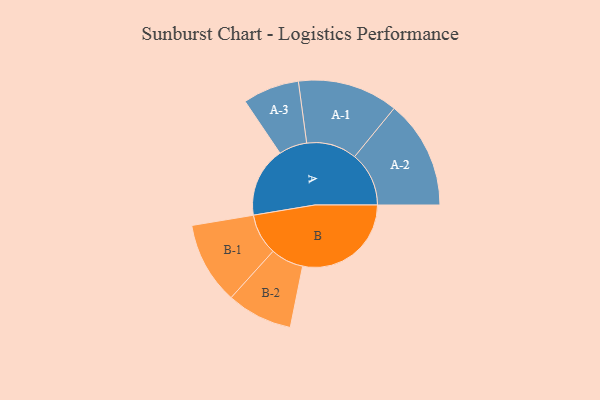
{"axis": {"x": "Segment", "y": "Value"}, "legend": ["", "A", "B"], "data": [{"x": "A", "y": 298, "type": ""}, {"x": "B", "y": 462, "type": ""}, {"x": "A-1", "y": 214, "type": "A"}, {"x": "A-2", "y": 231, "type": "A"}, {"x": "A-3", "y": 120, "type": "A"}, {"x": "B-1", "y": 175, "type": "B"}, {"x": "B-2", "y": 140, "type": "B"}]}